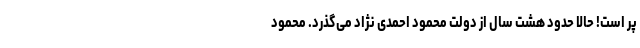
پر است! حالا حدود هشت سال از دولت محمود احمدی نژاد می‌گذرد. محمود